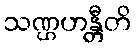
သဏ္ဌဟန္တီတိ